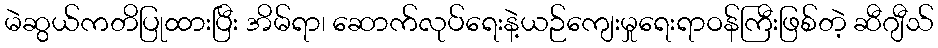
မဲဆွယ်ကတိပြုထားပြီး အိမ်ရာ၊ ဆောက်လုပ်ရေးနဲ့ယဉ်ကျေးမှုရေးရာဝန်ကြီးဖြစ်တဲ့ ဆီဂျီသ်